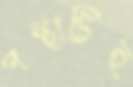
পন্থাটিই